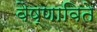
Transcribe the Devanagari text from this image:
वैष्णाविते